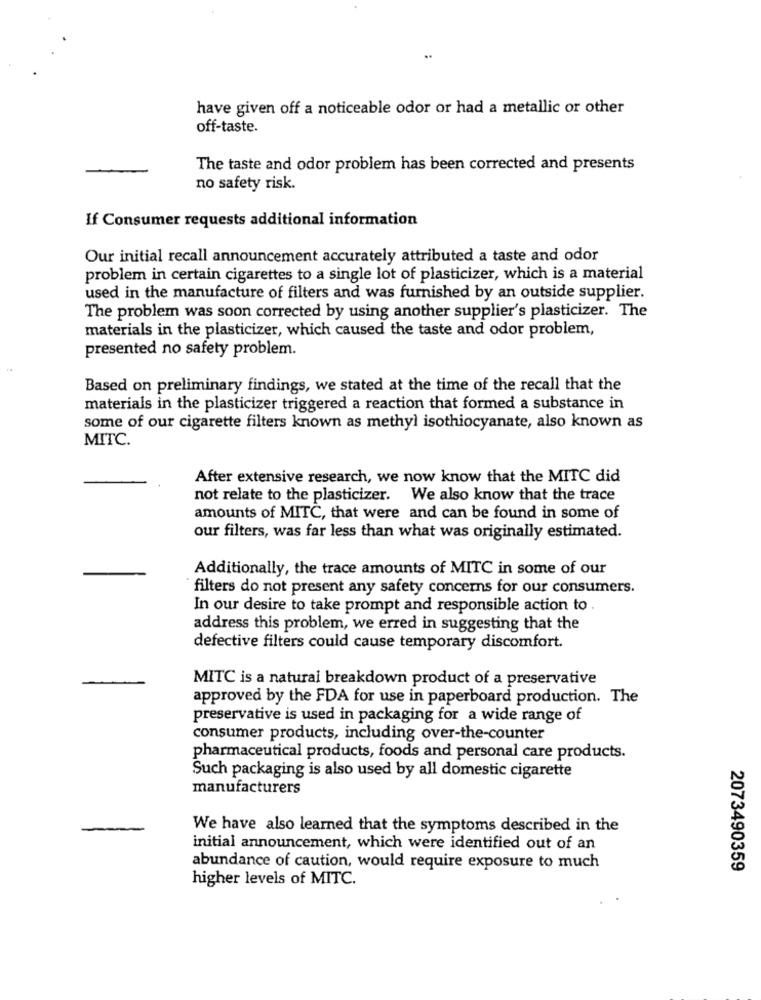
have given off a noticeable odor or had a metallic or other
off-taste.
The taste and odor problem has been corrected and presents
no safety risk.
If Consumer requests additional information
Our initial recall announcement accurately attributed a taste and odor
problem in certain cigarettes to a single lot of plasticizer, which is a material
used in the manufacture of filters and was furnished by an outside supplier.
The problem was soon corrected by using another supplier's plasticizer. The
materials in the plasticizer, which caused the taste and odor problem,
presented no safety problem.
Based on preliminary findings, we stated at the time of the recall that the
materials in the plasticizer triggered a reaction that formed a substance in
some of our cigarette filters known as methyl isothiocyanate, also known as
MITC.
After extensive research, we now know that the MITC did
not relate to the plasticizer. We also know that the trace
amounts of MITC, that were and can be found in some of
our filters, was far less than what was originally estimated.
Additionally, the trace amounts of MITC in some of our
filters do not present any safety concerns for our consumers.
In our desire to take prompt and responsible action to .
address this problem, we erred in suggesting that the
defective filters could cause temporary discomfort.
MITC is a natural breakdown product of a preservative
approved by the FDA for use in paperboard production. The
preservative is used in packaging for a wide range of
consumer products, including over-the-counter
pharmaceutical products, foods and personal care products.
Such packaging is also used by all domestic cigarette
manufacturers
We have also learned that the symptoms described in the
initial announcement, which were identified out of an
abundance of caution, would require exposure to much
2073490359
higher levels of MITC.